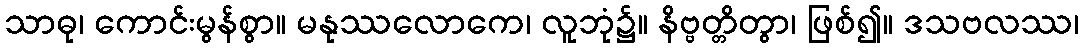
သာဓု၊ ကောင်းမွန်စွာ။ မနုဿလောကေ၊ လူဘုံ၌။ နိဗ္ဗတ္တိတွာ၊ ဖြစ်၍။ ဒသဗလဿ၊